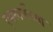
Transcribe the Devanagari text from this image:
एयरवर्कच्या